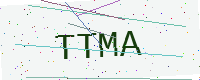
Text: TTMA